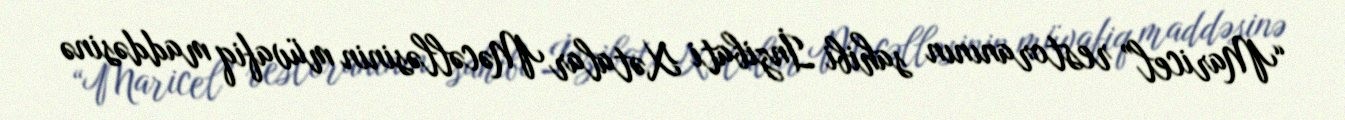
“Maricel” restoranının sahibi İnzibati Xətalar Məcəlləsinin müvafiq maddəsinə